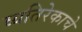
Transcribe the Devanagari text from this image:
व्यतिरेकाचे